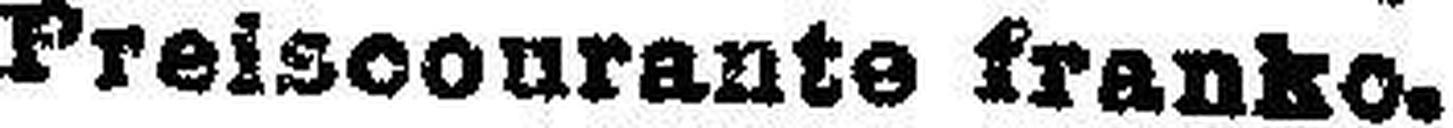
Preisoonrante franko.